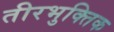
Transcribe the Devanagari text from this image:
तीरभुक्‍तिक